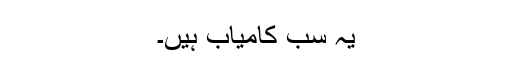
یہ سب کامیاب ہیں۔